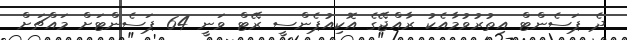
ދެ ޕަސެންޓް އިތުރުވުމާއެކު ރާއްޖޭގެ އޮކިއުޕެންސީ ރޭޓް ވަނީ 64 ޕަސެންޓަށް މައްޗަށް